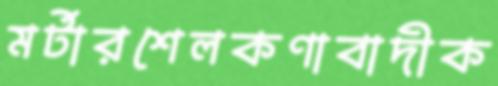
মর্টারশেলকণাবাদীক